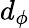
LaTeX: d_{\phi}